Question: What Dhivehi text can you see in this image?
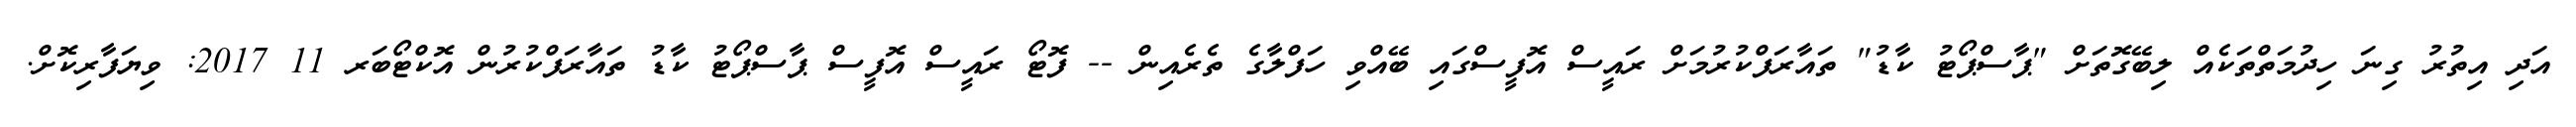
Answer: އަދި އިތުރު ގިނަ ހިދުމަތްތަކެއް ލިބޭގޮތަށް "ޕާސްޕޯޓު ކާޑު" ތައާރަފްކުރުމަށް ރައީސް އޮފީސްގައި ބޭއްވި ހަފްލާގެ ތެރެއިން -- ފޮޓޯ ރައީސް އޮފީސް ޕާސްޕޯޓު ކާޑު ތައާރަފްކުރުން އޮކްޓޯބަރ 11 2017: ވިޔަފާރިކޮށް.